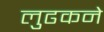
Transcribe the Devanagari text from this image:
लुढकने